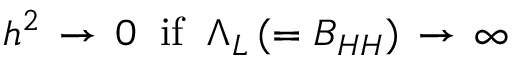
h ^ { 2 } \, \rightarrow \, 0 \; \; \mathrm { i f } \; \; \Lambda _ { L } \, ( = B _ { H H } ) \, \rightarrow \, \infty